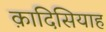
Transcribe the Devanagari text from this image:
क़ादिसियाह